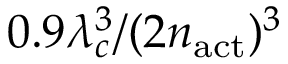
0 . 9 \lambda _ { c } ^ { 3 } / ( 2 n _ { \mathrm { a c t } } ) ^ { 3 }